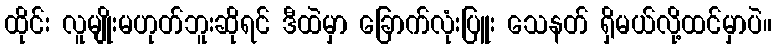
ထိုင်း လူမျိုးမဟုတ်ဘူးဆိုရင် ဒီထဲမှာ ခြောက်လုံးပြူး သေနတ် ရှိမယ်လို့ထင်မှာပဲ။